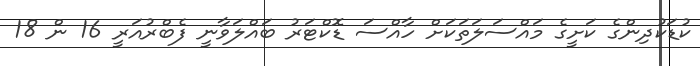
ކުޑަކުދިންގެ ކަށީގެ މައްސަލަތަކަށް ހާއްސަ ޑޮކްޓަރު ބައްލަވާނީ ފެބްރުއަރީ 16 ން 18